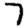
Digit: 7